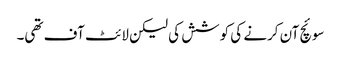
سوئچ آن کرنے کی کوشش کی لیکن لائٹ آف تھی۔